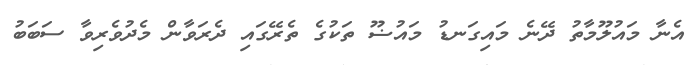
އެނާ މައުލޫމާތު ދޭނެ މައިގަނޑު މައުޟޫ ތަކުގެ ތެރޭގައި ދެރަވާން މެދުވެރިވާ ސަބަބު